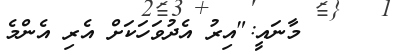
މާނައީ:"އިރު އެދުވަހަކަށް އެރި އެންމެ